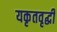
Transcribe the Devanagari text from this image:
यकृतवृद्धी